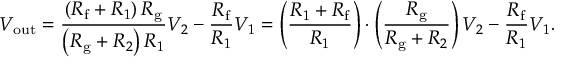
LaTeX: V _ { \mathrm { o u t } } = { \frac { \left( R _ { \mathrm { f } } + R _ { 1 } \right) R _ { \mathrm { g } } } { \left( R _ { \mathrm { g } } + R _ { 2 } \right) R _ { 1 } } } V _ { 2 } - { \frac { R _ { \mathrm { f } } } { R _ { 1 } } } V _ { 1 } = \left( { \frac { R _ { 1 } + R _ { \mathrm { f } } } { R _ { 1 } } } \right) \cdot \left( { \frac { R _ { \mathrm { g } } } { R _ { \mathrm { g } } + R _ { 2 } } } \right) V _ { 2 } - { \frac { R _ { \mathrm { f } } } { R _ { 1 } } } V _ { 1 } .